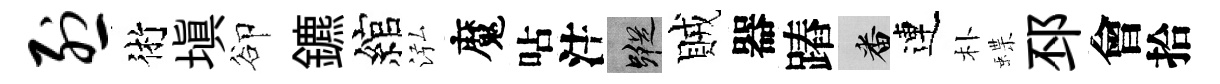
烈術塡卻鑣綰泓魔呫注蹤賊器蹖番連朴蝶邳會拾